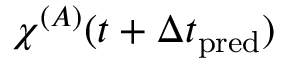
{ \chi \smash [ t ] { \mathstrut } } ^ { ( A ) } ( t + \Delta t _ { \mathrm { p r e d } } )